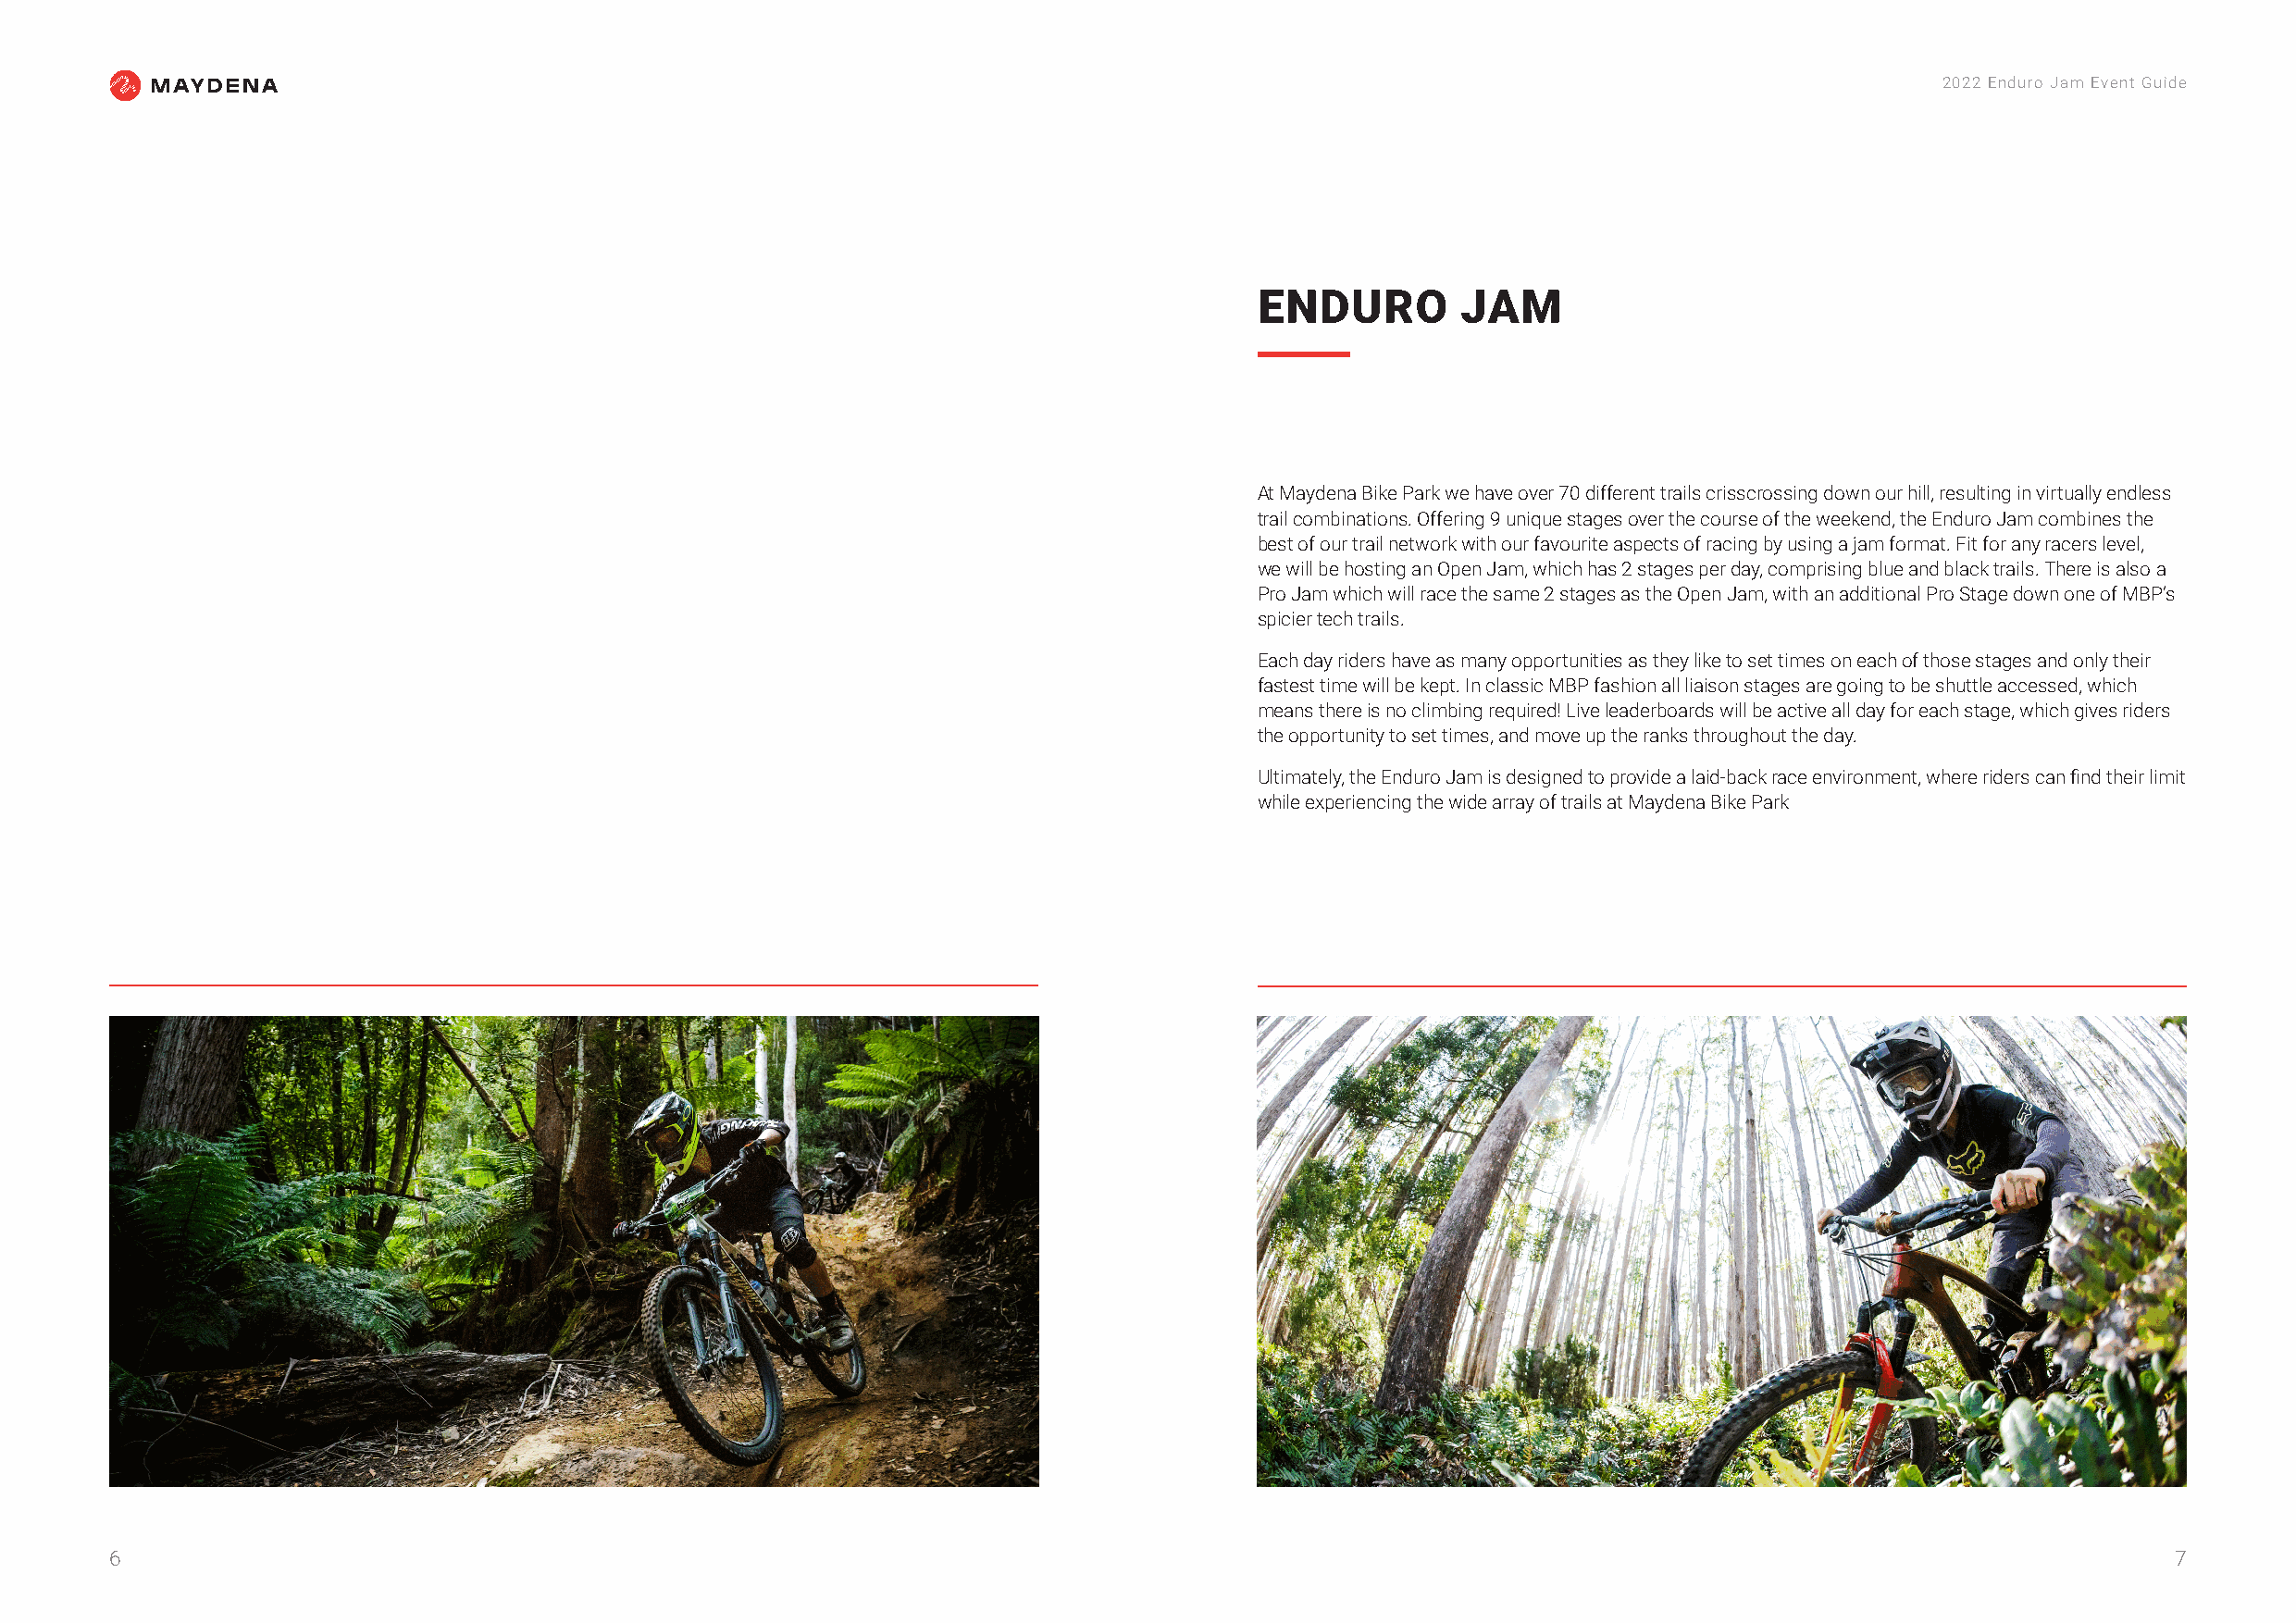
2022 Enduro Jam Event Guide
 ENDURO        JAM
 At Maydena Bike Park we have over 70 different trails crisscrossing down our hill, resulting in virtually endless
 trail combinations. Offering 9 unique stages over the course of the weekend, the Enduro Jam combines the
 best of our trail network with our favourite aspects of racing by using a jam format. Fit for any racers level,
 we will be hosting an Open Jam, which has 2 stages per day, comprising blue and black trails. There is also a
 Pro Jam which will race the same 2 stages as the Open Jam, with an additional Pro Stage down one of MBP’s
 spicier tech trails.
 Each day riders have as many opportunities as they like to set times on each of those stages and only their
 fastest time will be kept. In classic MBP fashion all liaison stages are going to be shuttle accessed, which
 means there is no climbing required! Live leaderboards will be active all day for each stage, which gives riders
 the opportunity to set times, and move up the ranks throughout the day.
 Ultimately, the Enduro Jam is designed to provide a laid-back race environment, where riders can find their limit
 while experiencing the wide array of trails at Maydena Bike Park
 6                                                                                                                                                   7